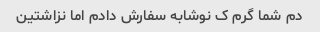
دم شما گرم ک نوشابه سفارش دادم اما نزاشتین